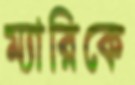
ম্যারিকে